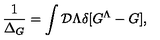
{ \frac { 1 } { \Delta _ { G } } } = \int { \cal D } \Lambda \delta [ G ^ { \Lambda } - G ] ,